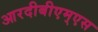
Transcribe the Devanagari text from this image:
आरदीबीएम्एस